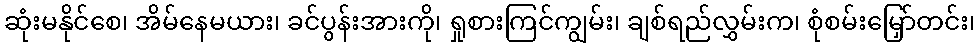
ဆုံးမနိုင်စေ၊ အိမ်နေမယား၊ ခင်ပွန်းအားကို၊ ရှုစားကြင်ကျွမ်း၊ ချစ်ရည်လွှမ်းက၊ စုံစမ်းမြှော်တင်း၊